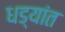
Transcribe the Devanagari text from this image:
धड्यांत